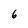
Character: 6